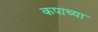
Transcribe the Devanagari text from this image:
कपाच्या